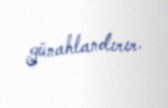
günahlandırır.